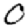
Digit: 0